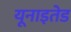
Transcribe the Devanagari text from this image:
यूनाइतेड